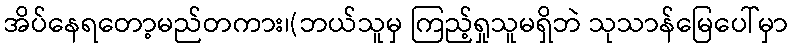
အိပ်နေရတော့မည်တကား၊(ဘယ်သူမှ ကြည့်ရှုသူမရှိဘဲ သုသာန်မြေပေါ်မှာ